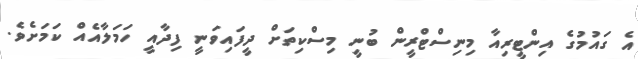
އެ ގައުމުގެ އިންޓީރިއާ މިނިސްޓްރީން ބުނީ މިސްކިތަށް ދީފައިވަނީ ފިދާއީ ހަމަލާއެއް ކަމަށެވެ.